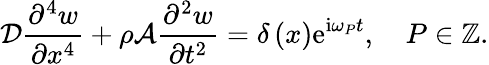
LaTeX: \mathcal{D}\frac{\partial^{4}w}{\partial x^{4}}+\rho\mathcal{A}\frac{\partial^{2}w}{\partial t^{2}}=\delta\left(x\right)\mathrm{e}^{\mathrm{i}\omega_{P}t},\quad P\in\mathbb{Z}.